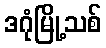
ဒဂုံမြို့သစ်